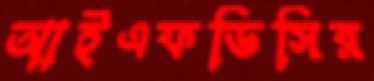
আইএফডিসির